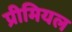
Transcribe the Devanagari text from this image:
प्रीमियल